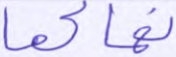
نهاكما